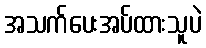
အသက်ပေးအပ်ထားသူပဲ